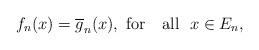
LaTeX: \begin{align*} f_n(x)=\overline{g}_n(x),\ {\hbox {for \ \ all}}\ \ x\in E_n,\end{align*}